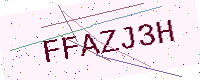
Text: FFAZJ3H